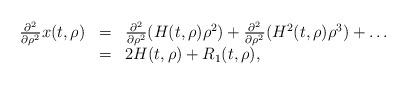
LaTeX: \begin{align*}\begin{array}{rcl}\frac{\partial^2}{\partial \rho^2}x(t,\rho)&=&\frac{\partial^2}{\partial \rho^2}(H(t,\rho)\rho^2) + \frac{\partial^2}{\partial \rho^2}(H^2(t,\rho)\rho^3) + \dots\\&=& 2H(t,\rho) + R_1(t,\rho),\end{array}\end{align*}